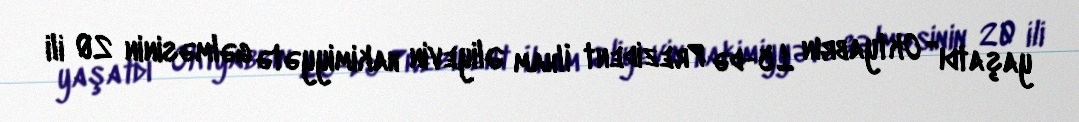
yaşatdı” Oktyabrın 15-də Prezident İlham Əliyevin hakimiyyətə gəlməsinin 20 ili